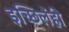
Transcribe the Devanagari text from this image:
इच्छिलेंही